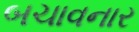
બચાવનાર